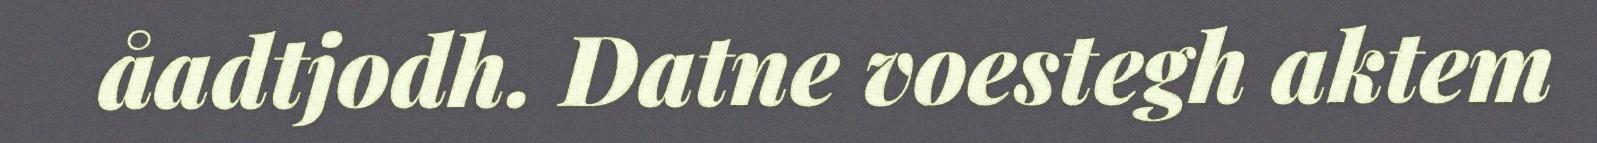
åadtjodh. Datne voestegh aktem